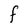
Character: F